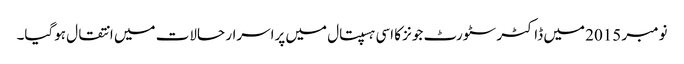
نومبر 2015 میں ڈاکٹر سٹورٹ جونز کا اسی ہسپتال میں پراسرار حالات میں انتقال ہوگیا۔